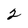
Character: 2